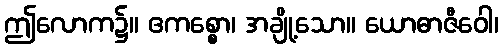
ဤလောက၌။ ဧကစ္စော၊ အချို့သော။ ယောဓာဇီဝေါ၊